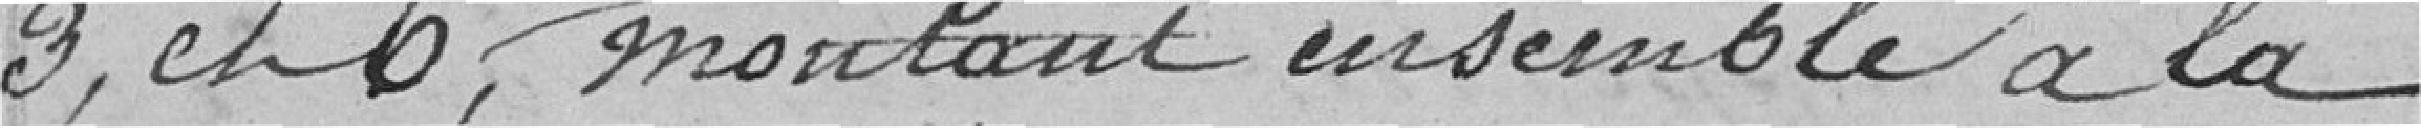
3, et 6,, montant ensemble à la